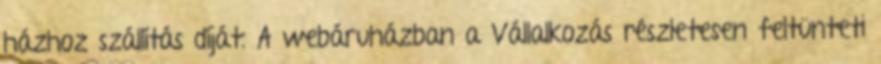
házhoz szállítás díját. A webáruházban a Vállalkozás részletesen feltünteti